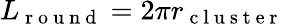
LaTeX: L_{\mathrm{~r~o~u~n~d~}}=2\pi r_{\mathrm{~c~l~u~s~t~e~r~}}